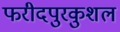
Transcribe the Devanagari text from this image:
फरीदपुरकुशल